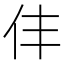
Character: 仹